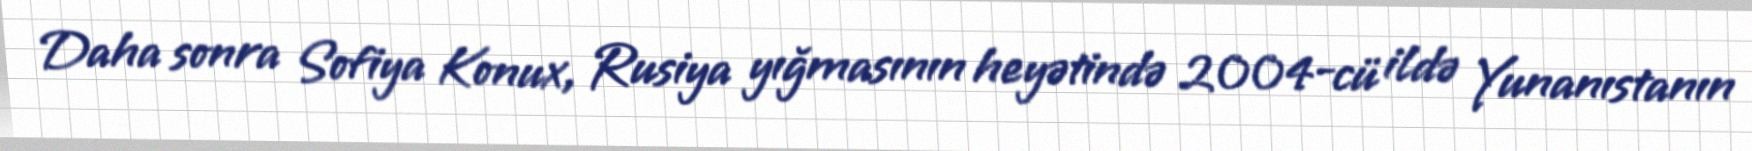
Daha sonra Sofiya Konux, Rusiya yığmasının heyətində 2004-cü ildə Yunanıstanın